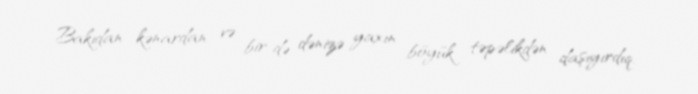
Bakıdan kənardan və bir də dənizə yaxın böyük təpəlikdən daşıyırdıq.